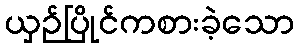
ယှဉ်ပြိုင်ကစားခဲ့သော